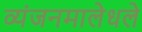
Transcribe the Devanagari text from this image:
व्यंजनमालेधले